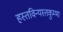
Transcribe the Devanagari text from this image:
हस्तविन्यस्तकुम्भा